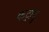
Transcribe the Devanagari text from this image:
कट्रादु